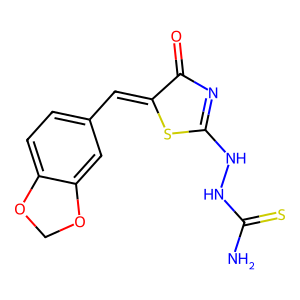
SMILES: NC(=S)NNC1=NC(=O)C(=Cc2ccc3c(c2)OCO3)S1
Inhibits HIV replication: No